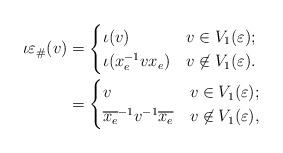
LaTeX: \begin{align*}\iota\varepsilon_\#(v) &=\begin{cases}\iota(v) & v\in V_1(\varepsilon);\\\iota(x_e^{-1}vx_e) & v\not\in V_1(\varepsilon).\end{cases}\\&=\begin{cases}v & v\in V_1(\varepsilon);\\\overline{x_e}^{-1}v^{-1}\overline{x_e} & v\not\in V_1(\varepsilon),\end{cases}\end{align*}